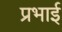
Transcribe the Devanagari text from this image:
प्रभाई